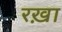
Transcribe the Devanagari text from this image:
रख़ा